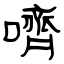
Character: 嚌